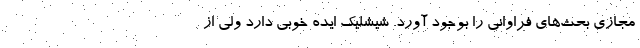
مجازی بحث‌های فراوانی را بوجود آورد. شیشلیک ایده خوبی دارد ولی از